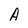
Character: A